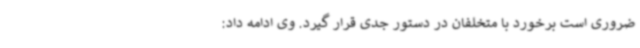
ضروری است برخورد با متخلفان در دستور جدی قرار گیرد. وی ادامه داد: